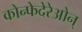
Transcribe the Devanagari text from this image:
कोन्फेदेरेओन्